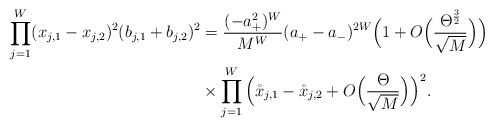
\begin{align*}\prod_{j=1}^W(x_{j,1}-x_{j,2})^2(b_{j,1}+b_{j,2})^2&=\frac{(-a_+^2)^W}{M^W}(a_+-a_-)^{2W}\Big(1+O\Big{(}\frac{\Theta^{\frac32}}{\sqrt{M}}\Big{)}\Big)\\&\times\prod_{j=1}^W\Big{(}\mathring{x}_{j,1}-\mathring{x}_{j,2}+O\Big{(}\frac{\Theta}{\sqrt{M}}\Big{)}\Big{)}^2. \end{align*}